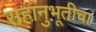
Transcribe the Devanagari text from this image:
सहानुभूतीचा